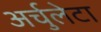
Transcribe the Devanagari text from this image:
अर्चुलेटा